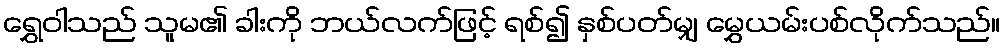
ရွှေဝါသည် သူမ၏ ခါးကို ဘယ်လက်ဖြင့် ရစ်၍ နှစ်ပတ်မျှ မွှေယမ်းပစ်လိုက်သည်။